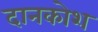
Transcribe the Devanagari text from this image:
दानकोश